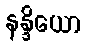
နန္ဒိယော